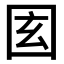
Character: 𡇎